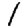
Digit: 1